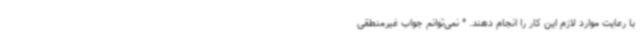
با رعایت موارد لازم این کار را انجام دهند. * نمی‌توانم جواب غیرمنطقی